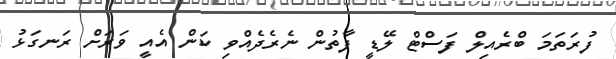
ފުރަތަމަ ބްރެއިލް ފަސްޓް ލޭޑީ ފާތުން ނެރެދެއްވި ކަން އެއީ ވަރަށް ރަނގަޅު